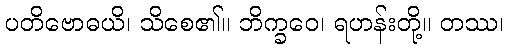
ပတိဗောဓယိ၊ သိစေ၏။ ဘိက္ခဝေ၊ ရဟန်းတို့။ တဿ၊